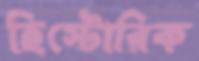
হিস্টোরিক